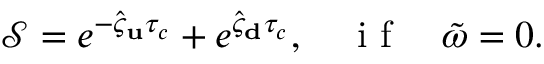
\mathcal { S } = e ^ { - \hat { \varsigma } _ { \bf u } \tau _ { c } } + e ^ { \hat { \varsigma } _ { \bf d } \tau _ { c } } , \quad \mathrm { ~ i ~ f ~ } \quad \tilde { \omega } = 0 .